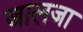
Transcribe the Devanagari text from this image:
जालजा